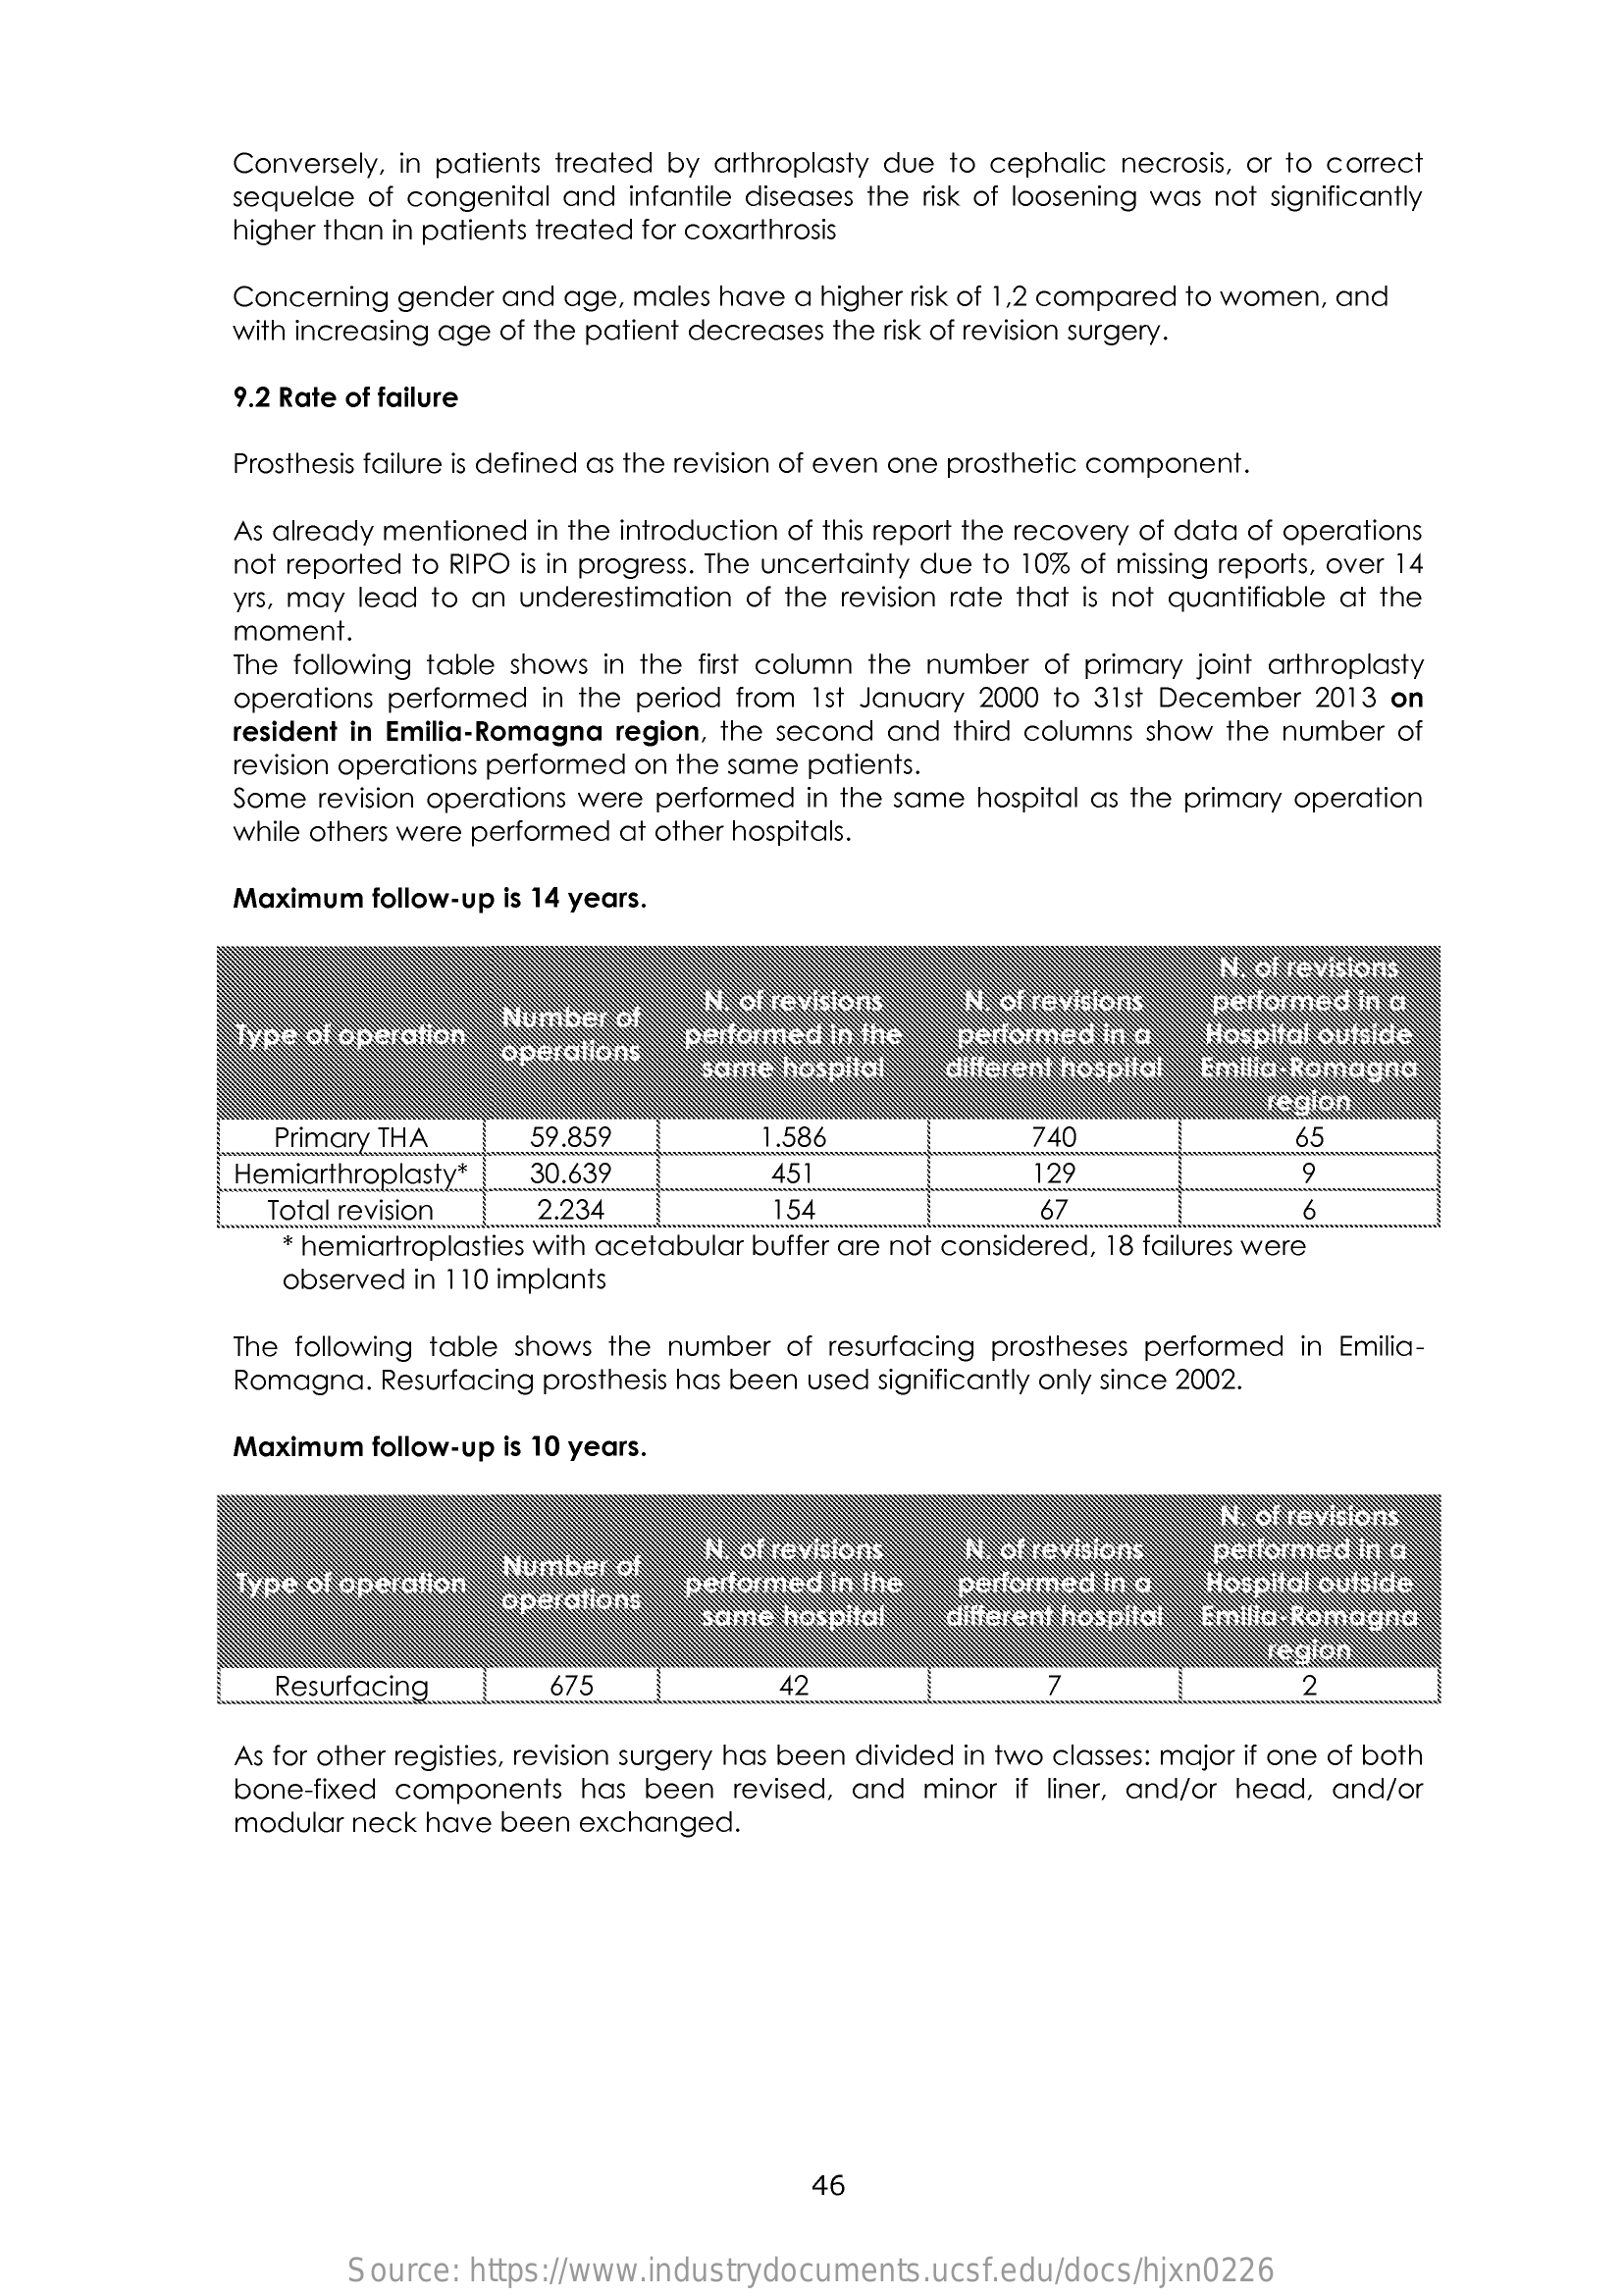
Conversely, in patients treated by arthroplasty due to cephalic necrosis, or to correct
     sequelae of congenital and infantile diseases the risk of loosening was not significantly
     higher than in patients treated for coxarthrosis
     Concerning gender and age, males have a higher risk of 1,2 compared to women, and
     with increasing age of the patient decreases the risk of revision surgery.
     9.2 Rate of failure
     Prosthesis failure is defined as the revision of even one prosthetic component.
     As already mentioned in the introduction of this report the recovery of data of operations
     not reported to RIPO is in progress. The uncertainty due to 10% of missing reports, over 14
     yrs, may lead to an underestimation of the revision rate that is not quantifiable at the
     moment.
     The following table shows in the first column the number of primary joint arthroplasty
     operations performed in the period from 1st January 2000 to 31st December 2013 on
     resident in Emilia-Romagna region, the second and third columns show the number of
     revision operations performed on the same patients.
     Some revision operations were performed in the same hospital as the primary operation
     while others were performed at other hospitals.
     Maximum  follow-up is 14 years.
     N. of revisions
     Number of
     N. of revisions   N. of revisions performed in a
     Type of operation
     operations
     performed in the  performed in a  Hospital outside
     same hospital   different hospital Emilia - Romagna
     region
     Primary THA    59.859    1.586    740    65
     Hemiarthroplasty*   30.639    451    129    9
     Total revision .... 2.234    154    67    6
     * hemiartroplasties with acetabular buffer are not considered, 18 failures were
     observed in 110 implants
     The following table shows the number of resurfacing prostheses performed in Emilia-
     Romagna. Resurfacing prosthesis has been used significantly only since 2002.
     Maximum  follow-up is 10 years.
     N. of revisions
     Number  of
     N. of revisions  N. of revisions  performed in a
     Type of operation operations
     performed in the  performed in a  Hospital outside
     same hospital   different hospital Emilia- Romagna
     region
     Resurfacing    675    42    7    2
     As for other registies, revision surgery has been divided in two classes: major if one of both
     bone-fixed components has been  revised, and minor if liner, and/or head, and/or
     modular neck have been exchanged.
     46
     Source: https://www.industrydocuments.ucsf.edu/docs/hjxn0226